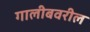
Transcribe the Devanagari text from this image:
गालीबवरील